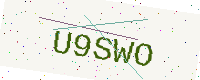
Text: U9SWO